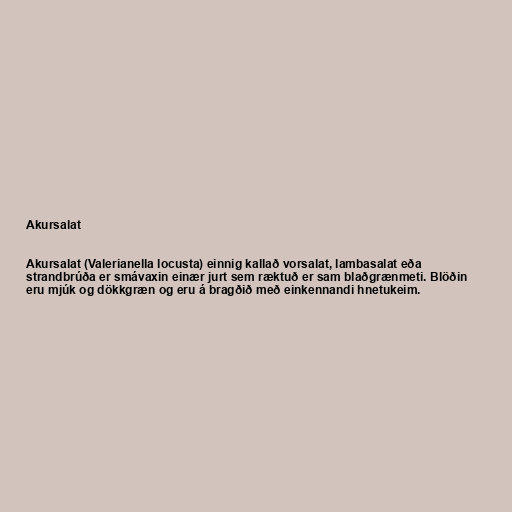
Akursalat

Akursalat (Valerianella locusta) einnig kallað vorsalat, lambasalat eða
strandbrúða er smávaxin einær jurt sem ræktuð er sam blaðgrænmeti. Blöðin
eru mjúk og dökkgræn og eru á bragðið með einkennandi hnetukeim.